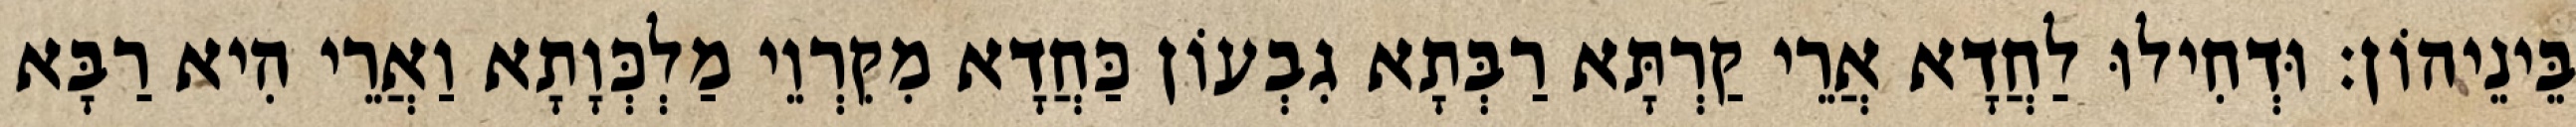
בֵּינֵיהוֹן׃ וּדְחִילוּ לַחֲדָא אֲרֵי קַרְתָּא רַבְּתָא גִבְעוֹן כַּחֲדָא מִקִרְוֵי מַלְכְּוָתָא וַאֲרֵי הִיא רַבָּא